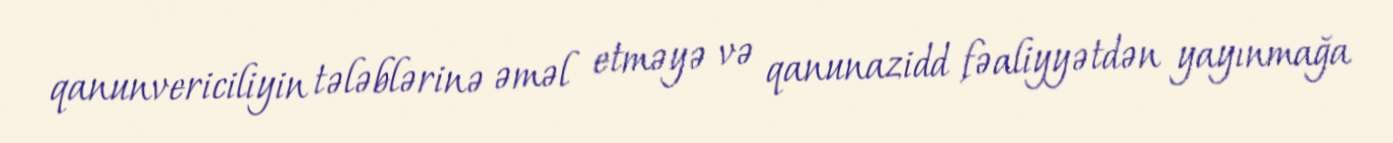
qanunvericiliyin tələblərinə əməl etməyə və qanunazidd fəaliyyətdən yayınmağa